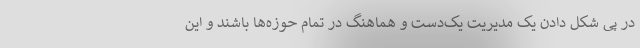
در پی شکل دادن یک مدیریت یک‌دست و هماهنگ در تمام حوزه‌ها باشند و این